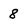
Character: 8